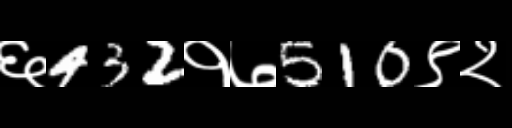
Text: ६432१७510९२